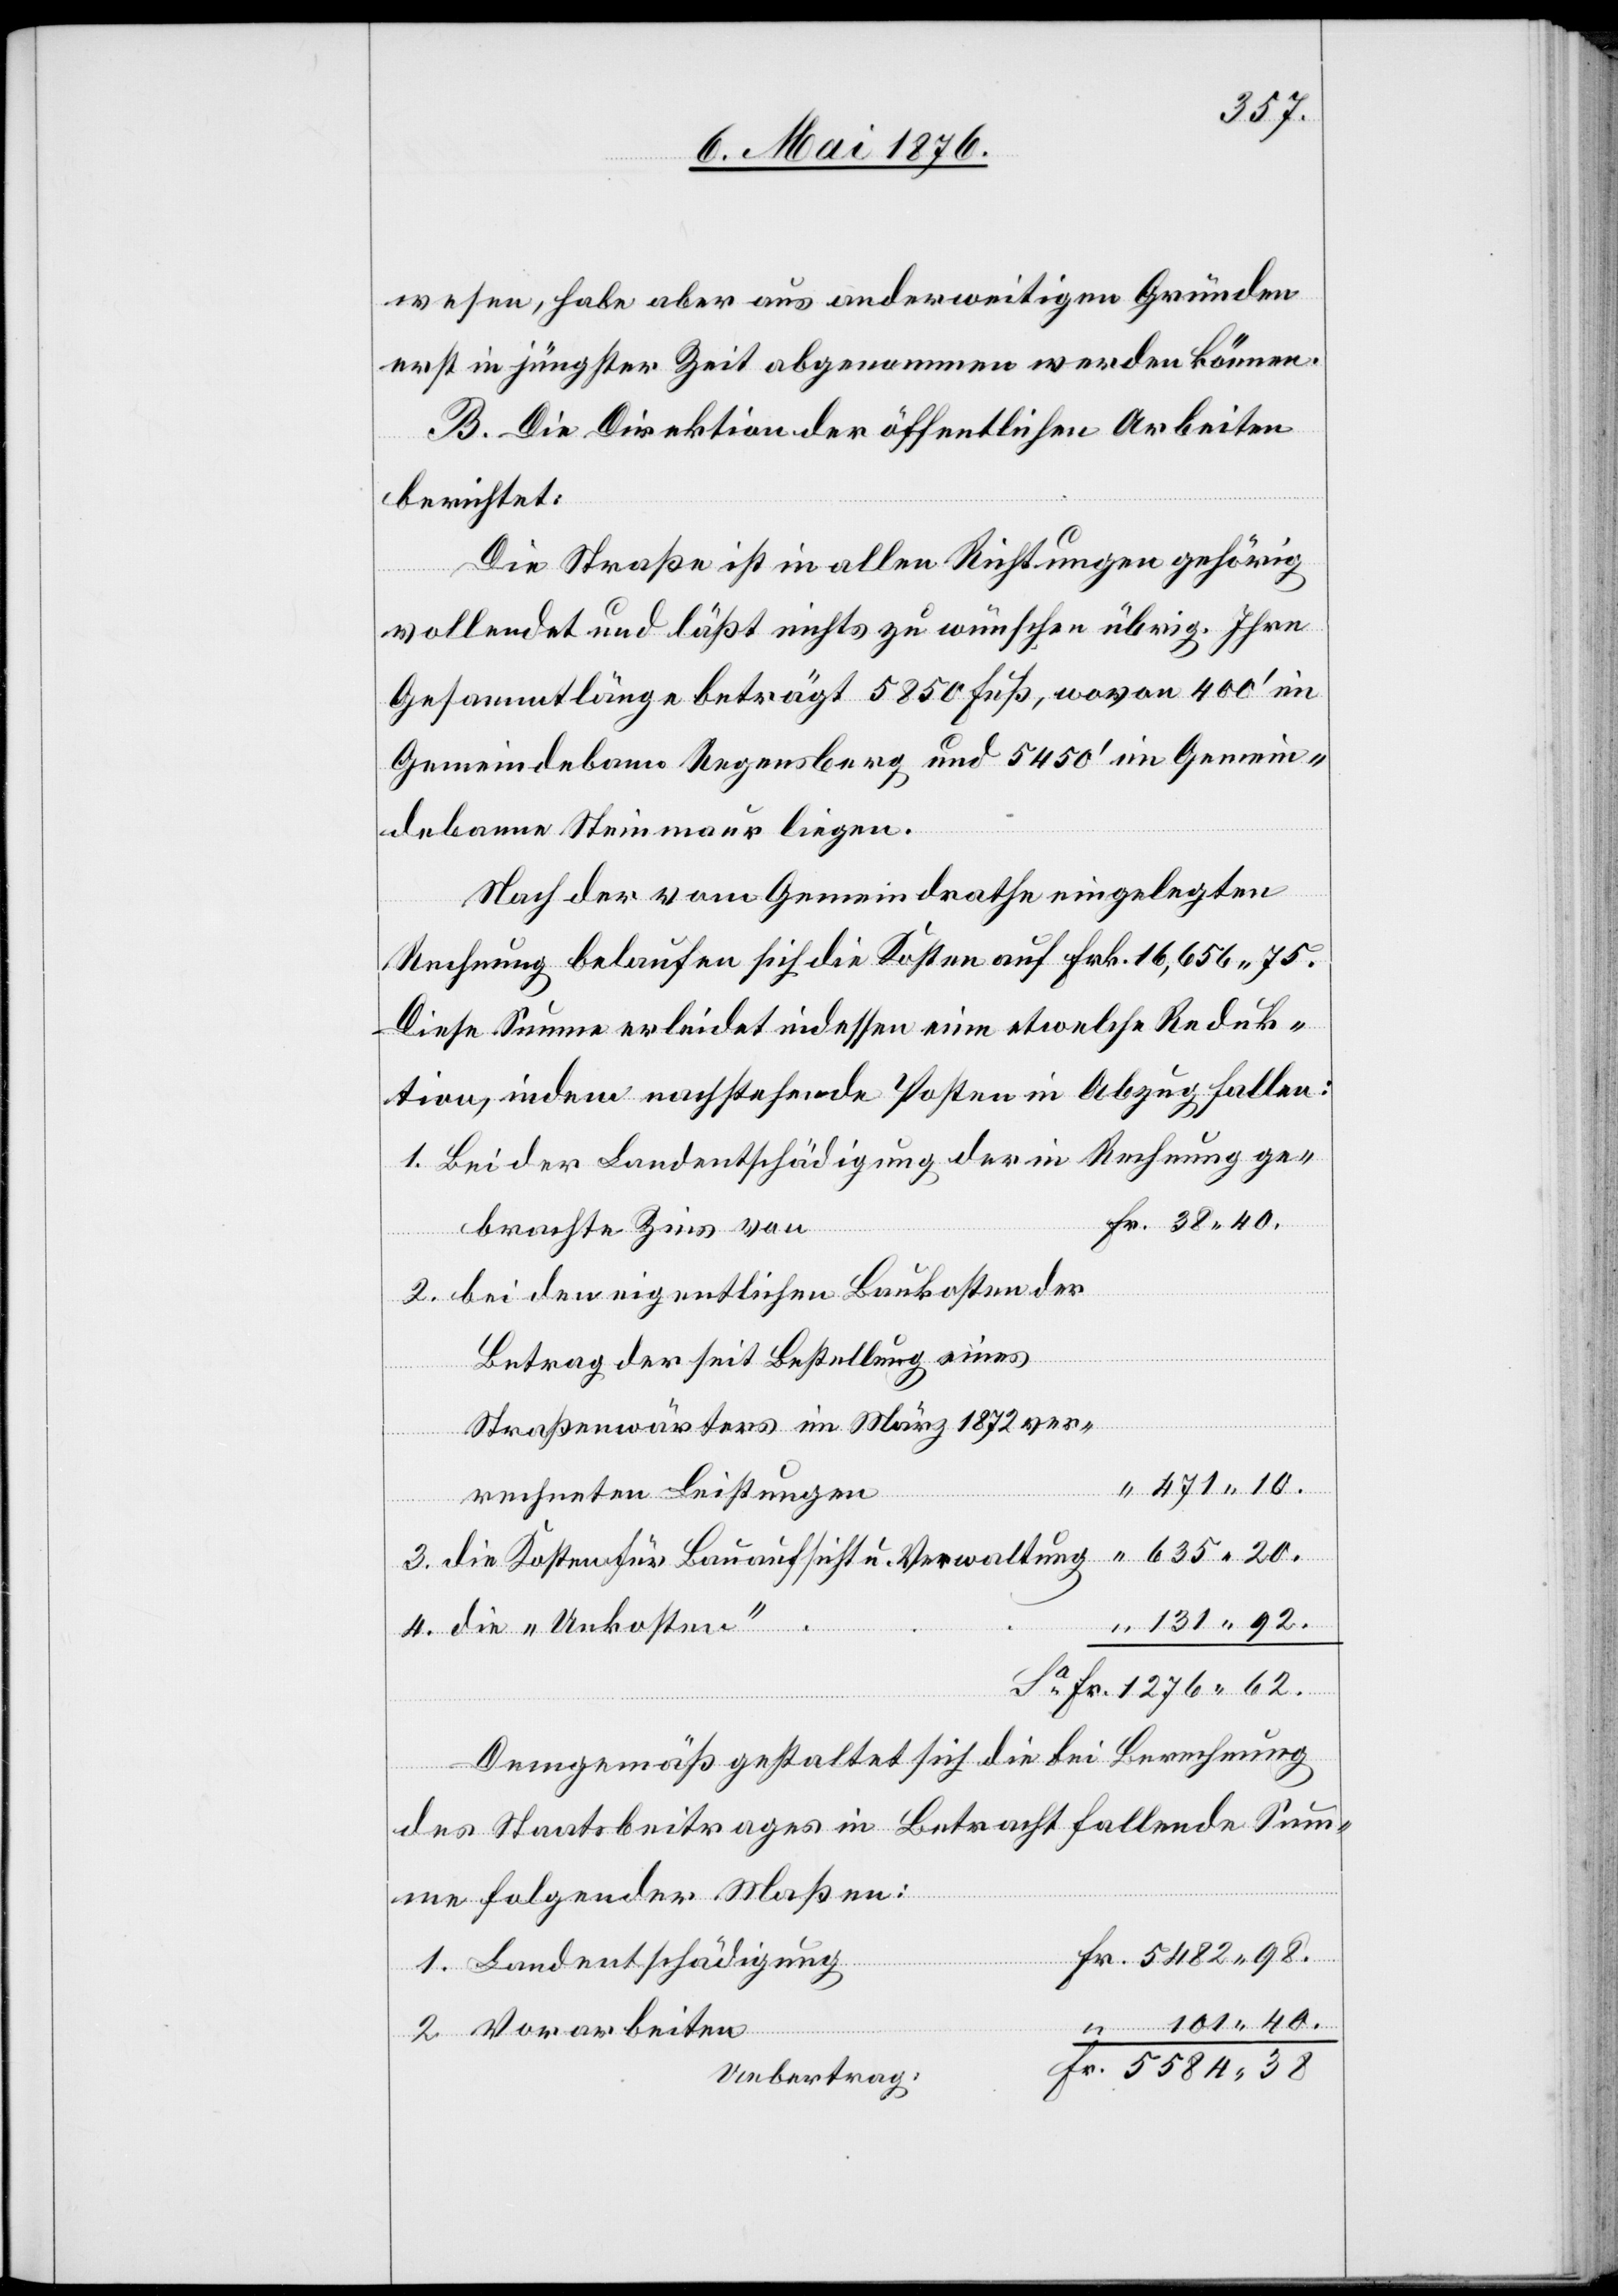
wesen, habe aber aus anderweitigen Gründen
erst in jüngster Zeit abgenommen werden können.
B. Die Direktion der öffentlichen Arbeiten
berichtet:
Die Straße ist in allen Richtungen gehörig
vollendet und läßt nichts zu wünschen übrig. Ihre
Gesammtlänge beträgt 5850 Fuß, wovon 400‘ im
Gemeindebann Regensberg und 5450‘ im Gemein¬
eiten
debanne Steinmaur liegen.
Nach der vom Gemeindrathe eingelegten
Rechnung belaufen sich die Kosten auf Frk. 16,656 75.
Diese Summe erleidet indessen eine etwelche Reduk¬
tion, indem nachstehende Posten in Abzug fallen:
Bei der Landentschädigung der in Rechnung ge¬
brachte Zins von
bei den eigentlichen Baukosten der
Betrag der seit Bestellung eines
38
Straßenwärters im März 1872 ver¬
Fr.
rechneten Leistungen
die Kosten für Bauaufsicht u. Verwaltung
Demgemäß gestaltet sich die bei Berechnung
des Staatsbeitrages in Betracht fallende Sum¬
me folgender Maßen:
Uebertrag